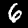
Digit: 6